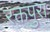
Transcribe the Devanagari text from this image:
रक्तपुरा